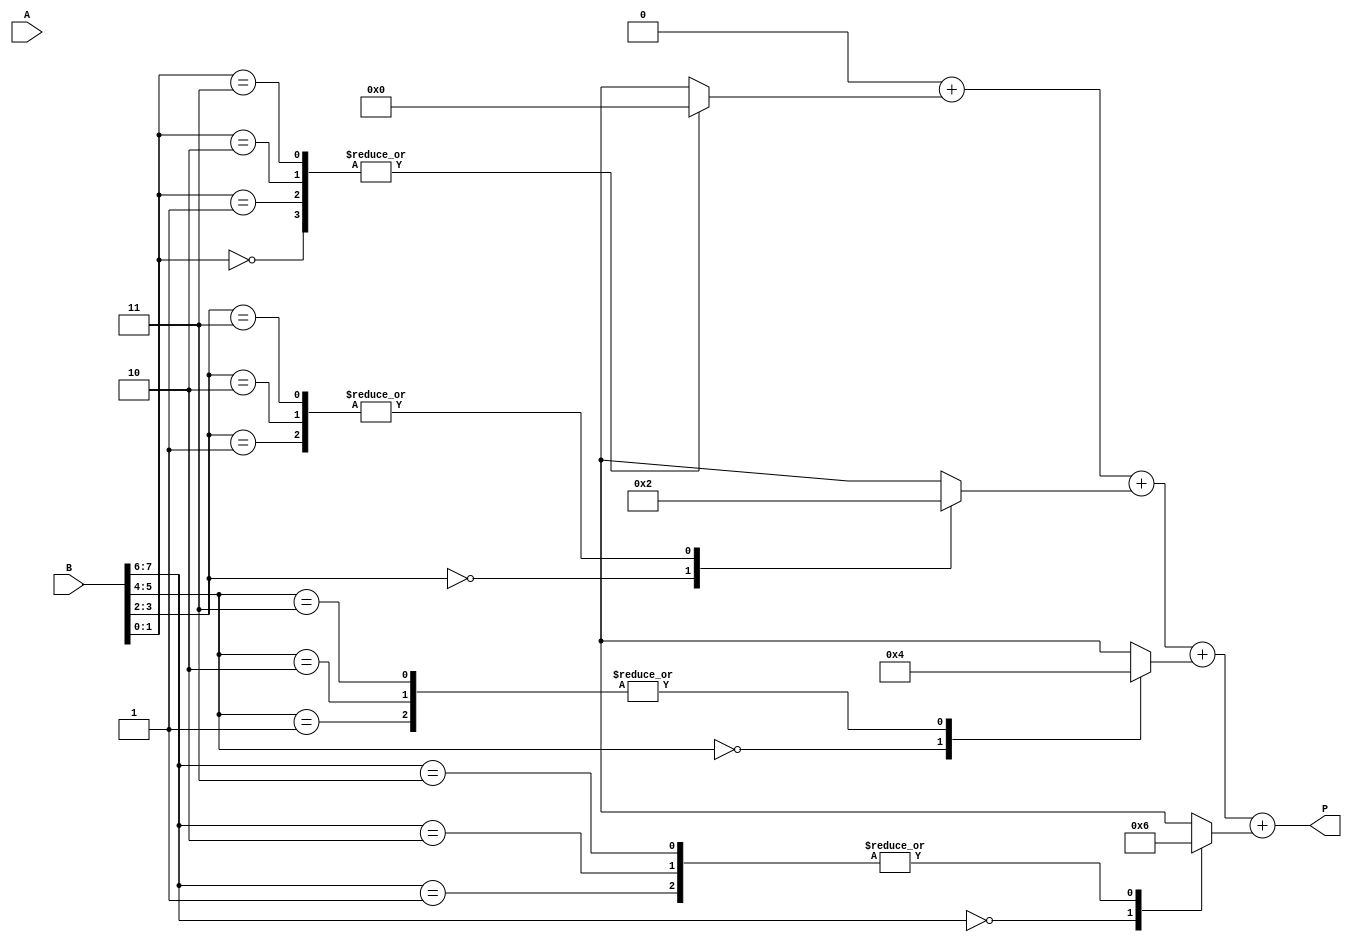
module radix4_multiplier #(parameter n = 8) (
    input signed [n-1:0] A,      // First operand
    input signed [n-1:0] B,      // Second operand
    output reg signed [2*n-1:0] P // Product output
);

// Internal signals
reg signed [2*n-1:0] partial_prod [0:3]; // Partial products
reg [n-1:0] B_reg;                       // Register for B
integer i;

// Initialize product to 0
always @(*) begin
    P = 0;
    B_reg = {1'b0, B}; // Sign-extend B for easier processing
    for (i = 0; i < n/2; i = i + 1) begin
        case (B_reg[2*i +: 2]) // Check the current pair of bits
            2'b00: partial_prod[i] = 0;                // 00 => 0
            2'b01: partial_prod[i] = {A, 2*i};        // 01 => A
            2'b10: partial_prod[i] = {-A, 2*i};       // 10 => -A
            2'b11: partial_prod[i] = {A << 1, 2*i};   // 11 => 2A
            default: partial_prod[i] = 0;              // Default case
        endcase
    end

    // Sum the partial products
    for (i = 0; i < n/2; i = i + 1) begin
        P = P + partial_prod[i]; // Accumulate into the final product
    end
end

endmodule